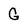
Character: G